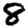
Digit: 8